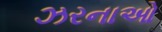
ઝરનાઓ